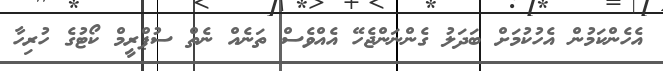
އެހެންކަމުން އެހުކުމަށް ބަދަލު ގެންނަންޖެހޭ އެއްވެސް ތަނެއް ނެތް ސުޕްރީމް ކޯޓުގެ ހުރިހާ